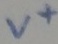
Text: V+